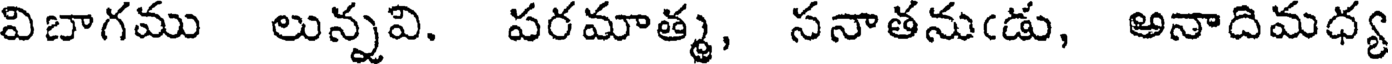
విబాగము లున్నవి. పరమాత్మ, సనాతనుఁడు, అనాదిమధ్య